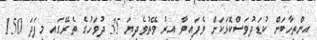
އިންތިހާބަށް ކުޑަދުވަސްކޮޅަކަށް ވެފައިވާ އިރު ވޭތުވެދިޔަ 35 ދުވަހުގެ ތެރޭގައި މިފަދަ 150